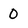
Character: 0